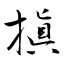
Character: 搷